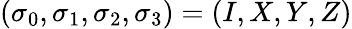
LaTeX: (\sigma_{0},\sigma_{1},\sigma_{2},\sigma_{3})=(I,X,Y,Z)